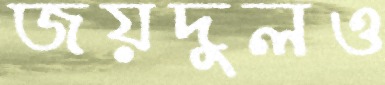
জয়দুলও